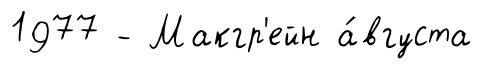
1977 - Макгр'ейн а́вгуста